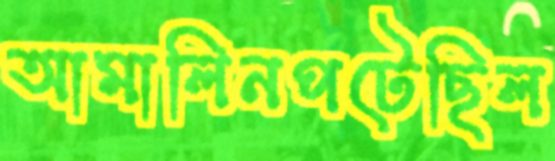
আমালিনপটেছিল